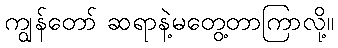
ကျွန်တော် ဆရာနဲ့မတွေ့တာကြာလို့။